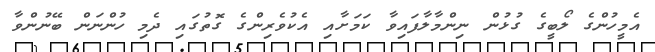
އެމީހުންގެ ލޯބީގެ ގުޅުން ނިންމާލާފައިވާ ކަމަށާއި އެކުވެރިންގެ ގޮތުގައި ދެމި ހުންނަން ބޭނުންވާ